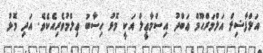
އަލްފާޟިލް އަލްމަރްޙޫމް ޢަބްދު އިސްމާޢީލް އަކީ މޮޅު ހިސާބު ޢިލްމުވެރިއެކެވެ. އަދި މޮޅު